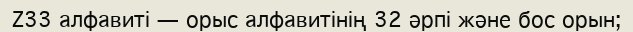
Z33 алфавиті — орыс алфавитінің 32 әрпі және бос орын;